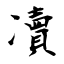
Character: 凟